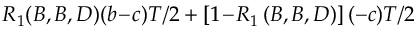
R _ { 1 } ( B , B , D ) ( b \! - \! c ) T / 2 + \left[ 1 \! - \! R _ { 1 } \left( B , B , D \right) \right] ( - c ) T / 2